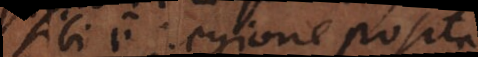
sibi regione posita,